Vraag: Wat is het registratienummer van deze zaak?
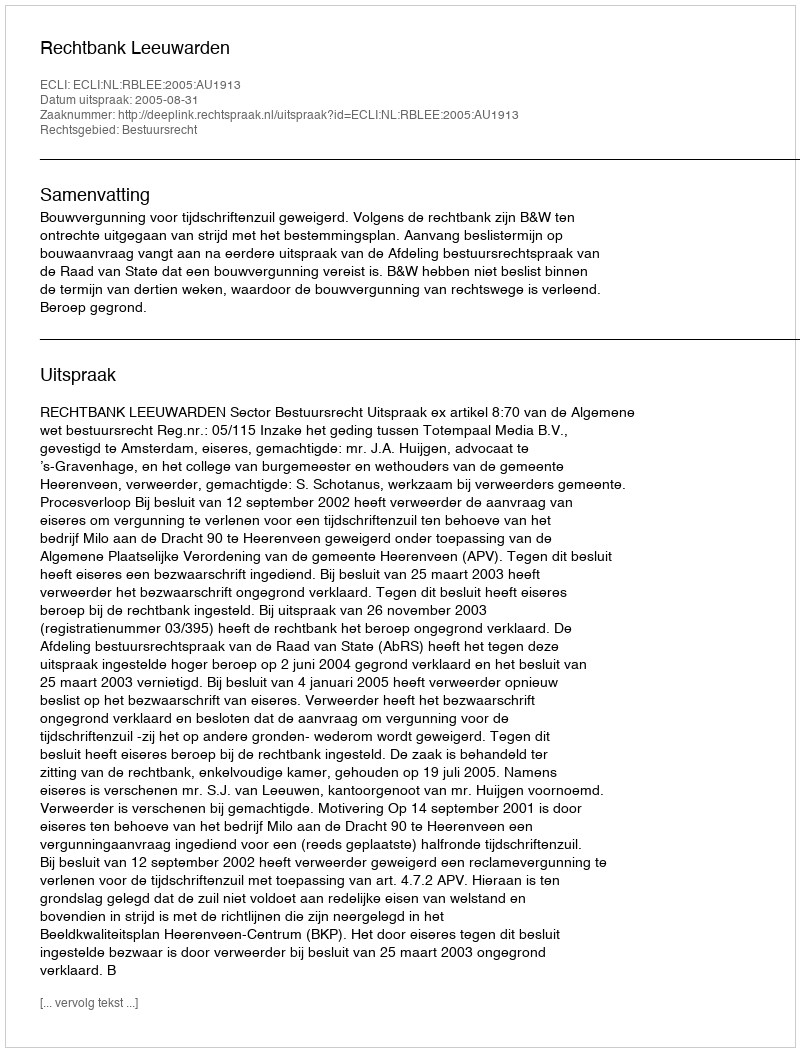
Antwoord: http://deeplink.rechtspraak.nl/uitspraak?id=ECLI:NL:RBLEE:2005:AU1913